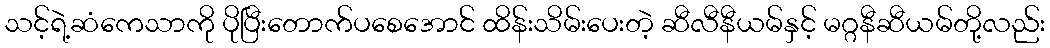
သင့်ရဲ့ဆံကေသာကို ပိုပြီးတောက်ပစေအောင် ထိန်းသိမ်းပေးတဲ့ ဆီလီနီယမ်နှင့် မဂ္ဂနီဆီယမ်တို့လည်း